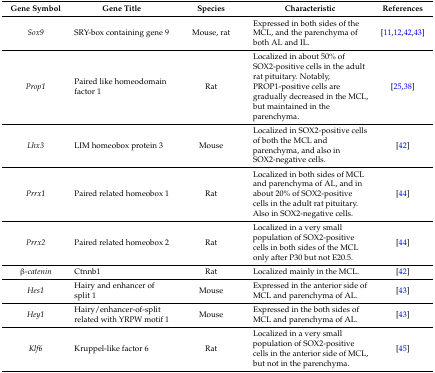
| Gene Symbol | Gene Title | Species | Characteristic | References |
 | --- | --- | --- | --- | --- |
 | Sox9 | SRY-box containing gene 9 | Mouse, rat | Expressed in both sides of the MCL, and the parenchyma of both AL and IL. | [11,12,42,43] |
 | Prop1 | Paired like homeodomain factor 1 | Rat | Localized in about 50% of SOX2-positive cells in the adult rat pituitary. Notably, PROP1-positive cells are gradually decreased in the MCL, but maintained in the parenchyma. | [25,38] |
 | Lhx3 | LIM homeobox protein 3 | Mouse | Localized in SOX2-positive cells of both the MCL and parenchyma, and also in SOX2-negative cells. | [42] |
 | Prrx1 | Paired related homeobox 1 | Rat | Localized in both sides of MCL and parenchyma of AL, and in about 20% of SOX2-positive cells in the adult rat pituitary. Also in SOX2-negative cells. | [44] |
 | Prrx2 | Paired related homeobox 2 | Rat | Localized in a very small population of SOX2-positive cells in both sides of the MCL only after P30 but not E20.5. | [44] |
 | β-catenin | Ctnnb1 | Rat | Localized mainly in the MCL. | [42] |
 | Hes1 | Hairy and enhancer of split 1 | Mouse | Expressed in the anterior side of MCL and parenchyma of AL. | [43] |
 | Hey1 | Hairy/enhancer-of-split related with YRPW motif 1 | Mouse | Expressed in the both sides of MCL and parenchyma of AL. | [43] |
 | Klf6 | Kruppel-like factor 6 | Rat | Localized in a very small population of SOX2-positive cells in the anterior side of MCL, but not in the parenchyma. | [45] |